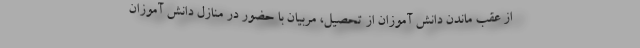
از عقب ماندن دانش آموزان از تحصیل، مربیان با حضور در منازل دانش آموزان